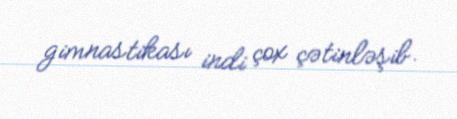
gimnastikası indi çox çətinləşib.